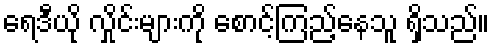
ရေဒီယို လှိုင်းများကို စောင့်ကြည့်နေသူ ရှိသည်။